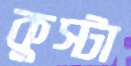
কুস্টা